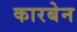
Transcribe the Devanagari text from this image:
कारबेन